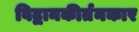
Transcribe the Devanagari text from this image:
विद्वानकीर्तनकार